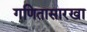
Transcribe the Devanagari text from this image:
गणितासारखा